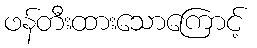
ဖန်တီးထားသောကြောင့်